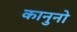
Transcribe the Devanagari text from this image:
कानुनो